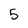
Character: 5